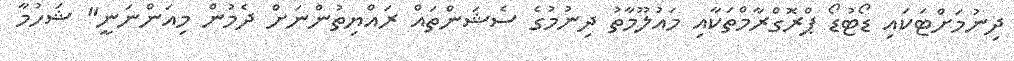
ދިނުމަށްޓަކައި ޑޯޓުޑޯ ޕްރޮގްރާމްތަކާއި މައުލޫމާތު ދިނުމުގެ ސެޝަންތައް ރައްޔިތުންނަށް ދެމުން މިއަންނަނީ" ޝަހުމާ